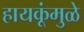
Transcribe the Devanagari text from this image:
हायकूंमुळे